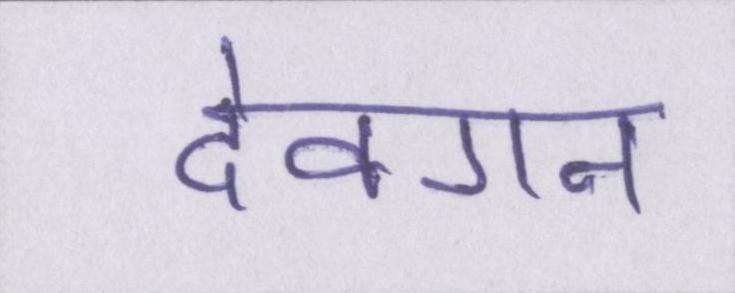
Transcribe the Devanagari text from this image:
देवगन